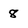
Character: 8